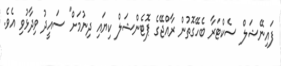
ފައިނޭޝަލް ސެކްޓަރާ ބެހޭގޮތުން ރާއްޖޭގެ ޕޮޓެންޝަލް ކިޔައި ދިނުމަށް" ސައީދު ވިދާޅުވި އެވެ.